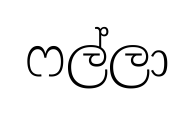
ෆල්ලා